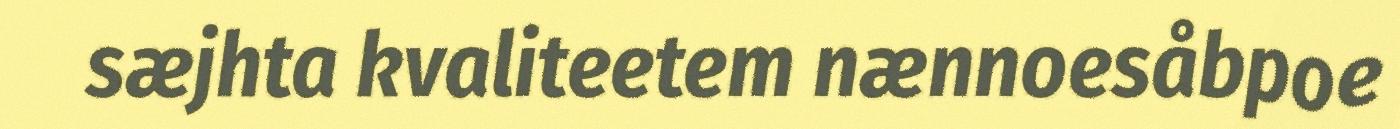
sæjhta kvaliteetem nænnoesåbpoe